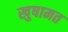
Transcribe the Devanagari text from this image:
खुषामत